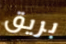
بريق